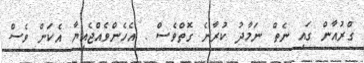
ގްރުއާން ގައި ނެތް ނަމާދު ކުރާނެ ގޮތްވެސް . އެހެންވެއްޖެއިޔާ އެކަން ވެސް